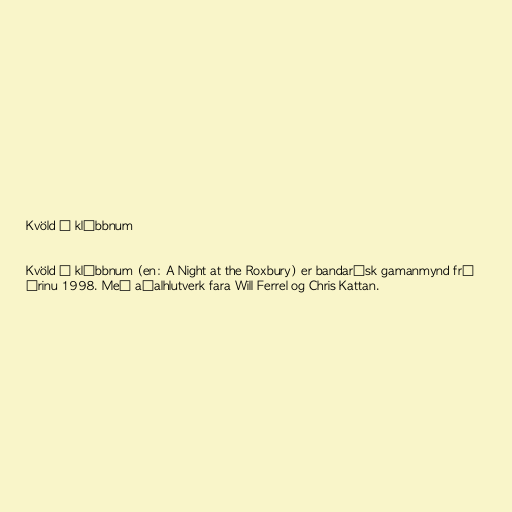
Kvöld í klúbbnum

Kvöld í klúbbnum (en: A Night at the Roxbury) er bandarísk gamanmynd frá
árinu 1998. Með aðalhlutverk fara Will Ferrel og Chris Kattan.